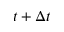
t + \Delta t